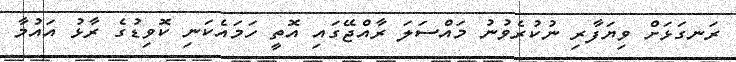
ރަނގަޅަށް ވިޔަފާރި ނުކުރެވުނު މައްސަލަ ރާއްޖޭގައި އޮތީ ހަމައެކަނި ކޮވިޑުގެ ރާޅު އައުމާ